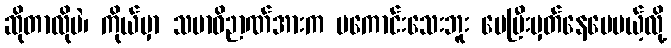
ဆိုတာလိုပဲ၊ ကိုယ်မှာ သမာဓိဉာဏ်အားက မကောင်းသေးဘူး ပေပြီးမှတ်နေပေမယ့်လို့